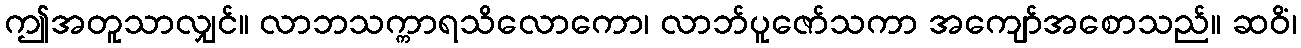
ဤအတူသာလျှင်။ လာဘသက္ကာရသိလောကော၊ လာဘ်ပူဇော်သကာ အကျော်အစောသည်။ ဆဝိံ၊